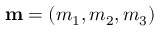
{ \bf m } = ( m _ { 1 } , m _ { 2 } , m _ { 3 } )